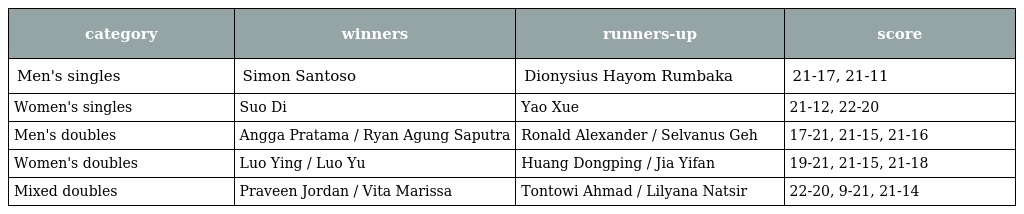
| category | winners | runners-up | score |
 | --- | --- | --- | --- |
 | Men's singles | Simon Santoso | Dionysius Hayom Rumbaka | 21-17, 21-11 |
 | Women's singles | Suo Di | Yao Xue | 21-12, 22-20 |
 | Men's doubles | Angga Pratama / Ryan Agung Saputra | Ronald Alexander / Selvanus Geh | 17-21, 21-15, 21-16 |
 | Women's doubles | Luo Ying / Luo Yu | Huang Dongping / Jia Yifan | 19-21, 21-15, 21-18 |
 | Mixed doubles | Praveen Jordan / Vita Marissa | Tontowi Ahmad / Lilyana Natsir | 22-20, 9-21, 21-14 |